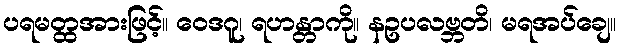
ပရမတ္ထအားဖြင့်။ ဝေဒဂူ၊ ရဟန္တာကို။ နဥပလဗ္ဘတိ၊ မရအပ်ချေ။